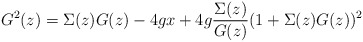
\begin{align*}G^{2}(z) =\Sigma(z) G(z) - 4 g x + 4 g{\Sigma(z)\over{G(z)}}(1+\Sigma(z)G(z))^{2}\end{align*}